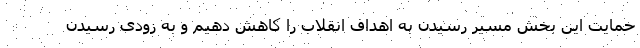
حمایت این بخش مسیر رسیدن به اهداف انقلاب را کاهش دهیم و به زودی رسیدن